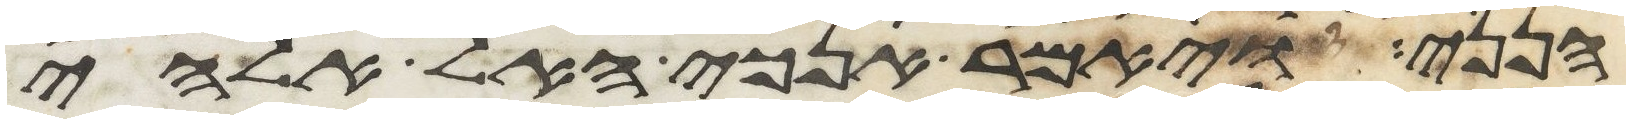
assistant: הנני ויאמר אנכי האל אלהי